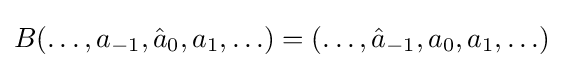
B(\ldots ,a_{-1},{{\hat {a}}_{0}},a_{1},\ldots )=(\ldots ,{{\hat {a}}_{-1}},a_{0},a_{1},\ldots )